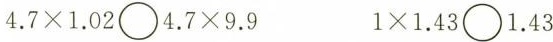
$$4.7\times1.02\bigcirc4.7\times9.9$$ $$1\times1.43\bigcirc1.43$$